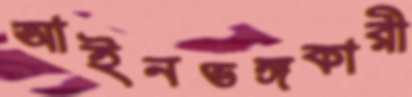
আইনভঙ্গকারী